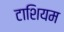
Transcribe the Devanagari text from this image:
टाशियम